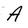
Character: A